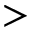
>